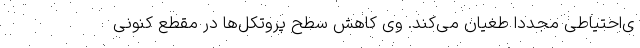
ی‌احتیاطی مجددا طغیان می‌کند. وی کاهش سطح پروتکل‌ها در مقطع کنونی